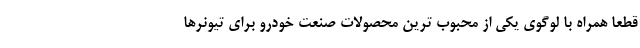
قطعا همراه با لوگوی یکی از محبوب ترین محصولات صنعت خودرو برای تیونرها